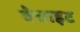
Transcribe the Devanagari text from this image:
वेसाइट